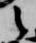
之